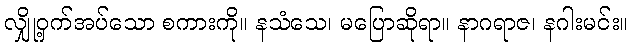
လျှို့ဝှက်အပ်သော စကားကို။ နသံသေ၊ မပြောဆိုရာ။ နာဂရာဇ၊ နဂါးမင်း။